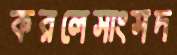
করলেসাংসদ